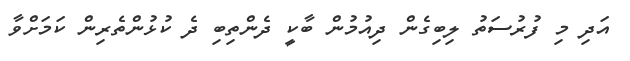
އަދި މި ފުރުސަތު ލިބިގެން ދިއުމުން ބާކީ ދެންތިބި ދެ ކުޅުންތެރިން ކަމަށްވާ